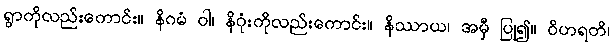
ရွာကိုလည်းကောင်း။ နိဂမံ ဝါ၊ နိဂုံးကိုလည်းကောင်း။ နိဿာယ၊ အမှီ ပြု၍။ ဝိဟရတိ၊